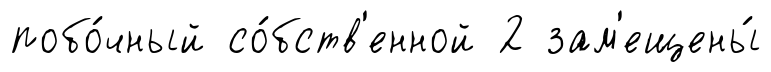
побо́чный со́бств'енной 2 зам'ещены́